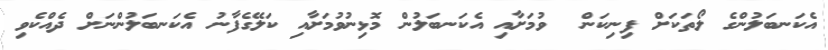
އެކަނބަލުންގެ ލޯތަކަށް ފިނިކަން  ވުމަށާއި އެކަނބަލުން މޮޅިނުވުމަށާއި ކަލޭގެފާނު އެކަނބަލުންނަށް ދެއްކެވި